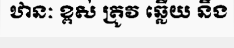
ឋានៈ ខ្ពស់ ត្រូវ ឆ្លើយ នឹង